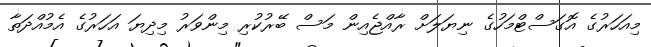
މިއަހަރުގެ އޮގަސްޓްމަހުގެ ނިޔަލަށް ރާއްޖެއިން މަސް ބޭރުކުރި މިންވަރު މިދިޔަ އަހަރުގެ އެމުއްދަތާ